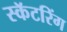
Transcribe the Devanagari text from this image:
स्कॅटरिंग